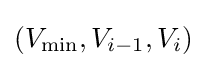
(V_{\min },V_{i-1},V_{i})